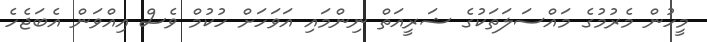
މީހުން މެރުމުގެ މައްސަލަތަކުގެ ޝަރީއަތް ނިންމައި އަވަހަށް ހުކުމް ވެސް އިއްވަން އެބަޖެހެ